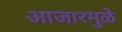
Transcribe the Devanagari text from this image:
आजारमुळे